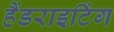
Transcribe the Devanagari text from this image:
हैंडराइटिंग